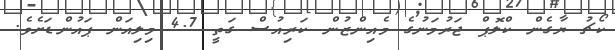
ކޯޗު ޔާގެން ކްލޮޮޕް ޖަރުމަނުގެ މެއިންޒުން ކަރިއުސް ގަތީ 4.7 މިލިއަން ޕައުންޑަށެވެ.